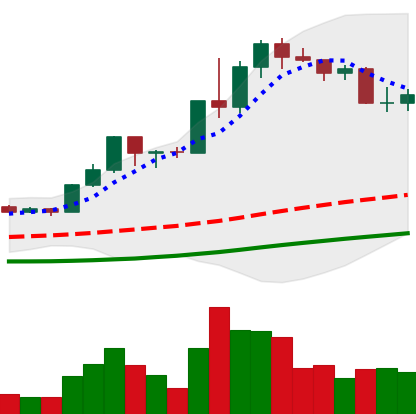
Ticker: LINK-USD
Chart end date: 2020-07-22
Forward return: -4.974%
Label: down_3_5